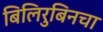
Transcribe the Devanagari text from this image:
बिलिरुबिनचा